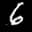
Label: 6